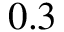
0 . 3